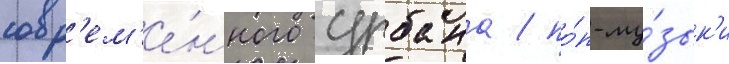
совр'ем'е́нного урбана / по́п-му́зык'и